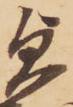
貞